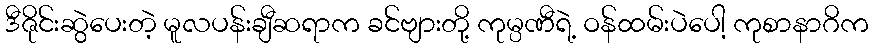
ဒီဇိုင်းဆွဲပေးတဲ့ မူလပန်းချီဆရာက ခင်ဗျားတို့ ကုမ္ပဏီရဲ့ ဝန်ထမ်းပဲပေါ့ ကုစာနာဂိက